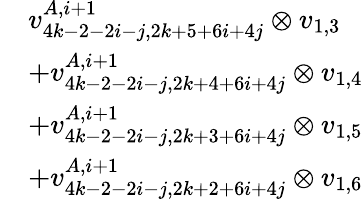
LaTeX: \begin{array}{rl}&{v_{4k-2-2i-j,2k+5+6i+4j}^{A,i+1}\otimes v_{1,3}}\\ &{+v_{4k-2-2i-j,2k+4+6i+4j}^{A,i+1}\otimes v_{1,4}}\\ &{+v_{4k-2-2i-j,2k+3+6i+4j}^{A,i+1}\otimes v_{1,5}}\\ &{+v_{4k-2-2i-j,2k+2+6i+4j}^{A,i+1}\otimes v_{1,6}}\end{array}